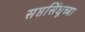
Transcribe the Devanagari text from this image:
सप्तसिंधूच्या